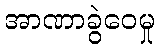
အာဏာခွဲဝေမှု